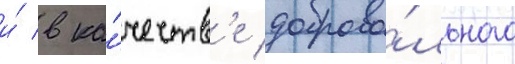
и́ в ка́честв'е доброво́льного